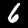
Digit: 6